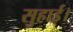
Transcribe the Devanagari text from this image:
सुहाई।